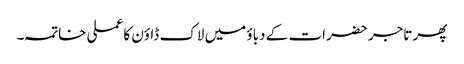
پھر تاجر حضرات کے دباؤ میں لاک ڈاؤن کا عملی خاتمہ۔